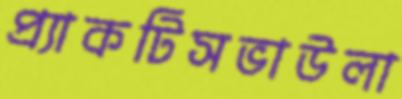
প্র্যাকটিসভাউলা